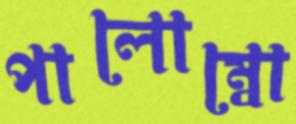
পালোম্বো